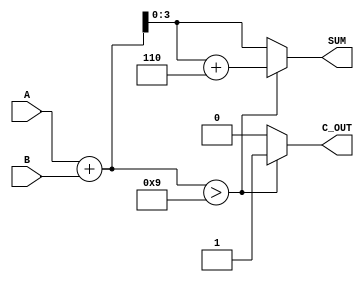
module BCD_Redundant_Binary_Adder (
    input [3:0] A,         // First BCD input
    input [3:0] B,         // Second BCD input
    output reg [3:0] SUM,  // BCD output
    output reg C_OUT       // Carry-out signal
);

    // Intermediate signals
    wire [4:0] raw_sum; // 5 bits to accommodate carry
    wire [4:0] corrected_sum;
    wire correction_needed;

    // Step 1: Perform initial addition
    assign raw_sum = A + B;

    // Step 2: Determine if correction is needed (i.e., if raw_sum > 9)
    assign correction_needed = (raw_sum > 9);

    // Step 3: Compute corrected sum
    // If correction is needed, add 6 (0110)
    assign corrected_sum = correction_needed ? (raw_sum + 6) : raw_sum;

    // Step 4: Assign outputs
    always @(*) begin
        if (correction_needed) begin
            SUM = corrected_sum[3:0]; // Lower 4 bits for BCD output
            C_OUT = 1'b1;              // Set carry-out if correction is applied
        end else begin
            SUM = raw_sum[3:0];        // Direct output if no correction needed
            C_OUT = 1'b0;              // No carry-out
        end
    end

endmodule